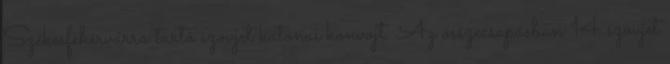
Székesfehérvárra tartó szovjet katonai konvojt. Az összecsapásban 14 szovjet